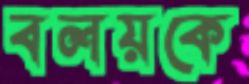
বলয়কে